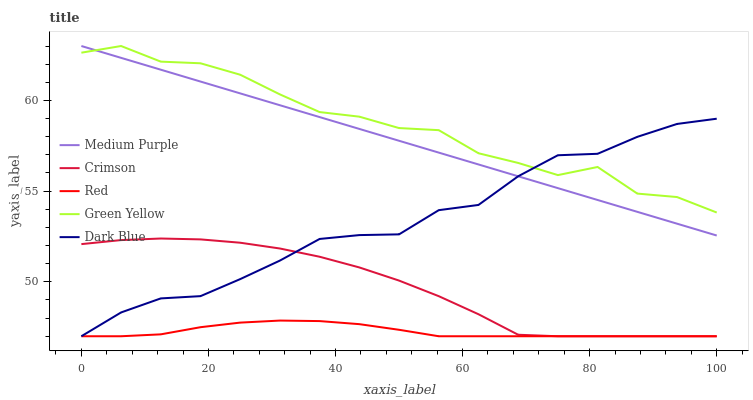
| xaxis_label | Medium Purple | Crimson | Red | Green Yellow | Dark Blue |
 | --- | --- | --- | --- | --- | --- |
 | 0 | 63 | 52.1 | 47 | 62.6 | 47 |
 | 6.25 | 62.3 | 52.3 | 47 | 63 | 48.3 |
 | 12.5 | 61.7 | 52.4 | 47.1 | 62.1 | 49.1 |
 | 18.8 | 61 | 52.3 | 47.5 | 62 | 49.2 |
 | 25 | 60.4 | 52.2 | 47.8 | 61.4 | 50.1 |
 | 31.2 | 59.7 | 51.8 | 47.9 | 60.3 | 51.2 |
 | 37.5 | 59.1 | 51.4 | 47.8 | 59.4 | 52.4 |
 | 43.8 | 58.4 | 50.8 | 47.7 | 59.1 | 52.6 |
 | 50 | 57.8 | 50.1 | 47.4 | 58.5 | 52.6 |
 | 56.2 | 57.1 | 49.2 | 47 | 58.4 | 54 |
 | 62.5 | 56.5 | 48.2 | 47 | 57.1 | 54.2 |
 | 68.8 | 55.8 | 47.1 | 47 | 56.6 | 55.8 |
 | 75 | 55.2 | 47 | 47 | 55.9 | 57 |
 | 81.2 | 54.5 | 47 | 47 | 56.3 | 57.1 |
 | 87.5 | 53.9 | 47 | 47 | 54.9 | 58 |
 | 93.8 | 53.2 | 47 | 47 | 54.7 | 58.7 |
 | 100 | 52.6 | 47 | 47 | 53.8 | 59 |